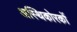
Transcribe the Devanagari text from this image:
अस्थिकोरकों